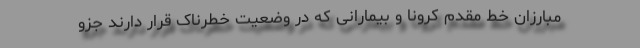
مبارزان خط مقدم کرونا و بیمارانی که در وضعیت خطرناک قرار دارند جزو